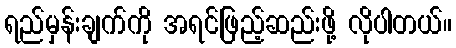
ရည်မှန်းချက်ကို အရင်ဖြည့်ဆည်းဖို့ လိုပါတယ်။